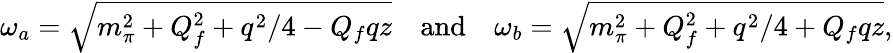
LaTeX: \omega_{a}=\sqrt{m_{\pi}^{2}+Q_{f}^{2}+q^{2}/4-Q_{f}qz}\quad\mathrm{and}\quad\omega_{b}=\sqrt{m_{\pi}^{2}+Q_{f}^{2}+q^{2}/4+Q_{f}qz},